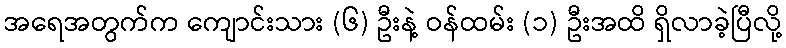
အရေအတွက်က ကျောင်းသား (၆) ဦးနဲ့ ဝန်ထမ်း (၁) ဦးအထိ ရှိလာခဲ့ပြီလို့